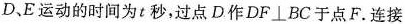
D、E运动的时间为t秒，过点D作$$DF⊥BC$$于点F.连接